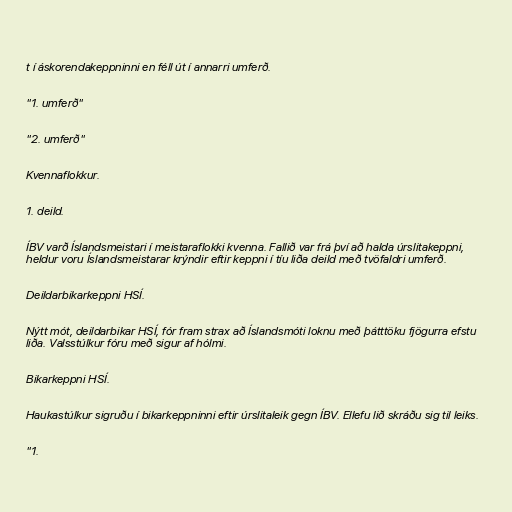
t í áskorendakeppninni en féll út í annarri umferð.

"1. umferð"

"2. umferð"

Kvennaflokkur.

1. deild.

ÍBV varð Íslandsmeistari í meistaraflokki kvenna. Fallið var frá því að halda úrslitakeppni,
heldur voru Íslandsmeistarar krýndir eftir keppni í tíu liða deild með tvöfaldri umferð.

Deildarbikarkeppni HSÍ.

Nýtt mót, deildarbikar HSÍ, fór fram strax að Íslandsmóti loknu með þátttöku fjögurra efstu
liða. Valsstúlkur fóru með sigur af hólmi.

Bikarkeppni HSÍ.

Haukastúlkur sigruðu í bikarkeppninni eftir úrslitaleik gegn ÍBV. Ellefu lið skráðu sig til leiks.

"1.